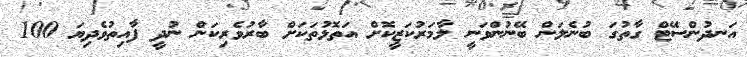
އަނދުންސޭޓް ގާތުގަ ބުނެލަން ބޭނުންވަނީ ލާމަރުކަޒީކޮށް އަތޮޅުތަކަށް ބާރުވެރިކަން ނުދީ ފާއިތުވެދިޔަ 100